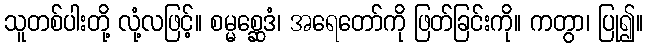
သူတစ်ပါးတို့ လုံ့လဖြင့်။ စမ္မစ္ဆေဒံ၊ အရေတော်ကို ဖြတ်ခြင်းကို။ ကတွာ၊ ပြု၍။